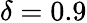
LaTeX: \delta=0.9